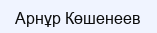
Арнұр Көшенеев